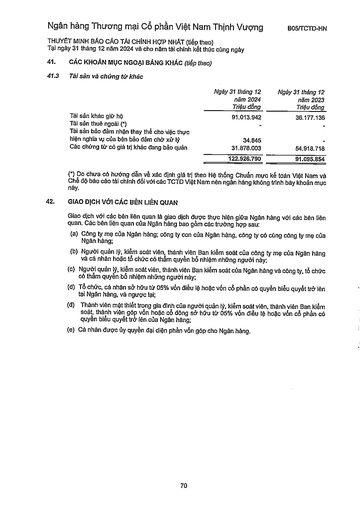
||Ngày 31 tháng 12 năm 2024 Triệu đồng|Ngày 31 tháng 12 năm 2023 Triệu đồng| |---|---|---| |Tài sản khác giữ hộ|91.013.942|36.177.136| |Tài sản thuê ngoài (*)||| |Tài sản bảo đảm nhận thay thế cho việc thực hiện nghĩa vụ của bên bảo đảm chờ xử lý|34.845|| |Các chứng từ có giá trị khác đang bảo quản|31.878.003|54.918.718| ||122.926.790|91.095.854|